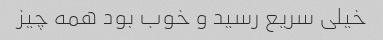
خیلی سریع رسید و خوب بود همه چیز